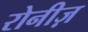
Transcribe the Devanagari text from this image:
रोनीज़